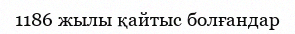
1186 жылы қайтыс болғандар